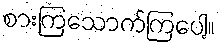
စားကြသောက်ကြပေါ့။